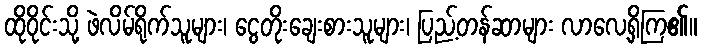
ထိုဝိုင်းသို့ ဖဲလိမ်ရိုက်သူများ၊ ငွေတိုးချေးစားသူများ၊ ပြည့်တန်ဆာများ လာလေ့ရှိကြ၏။